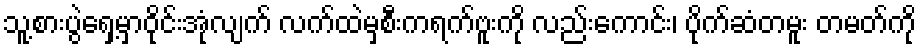
သူ့စားပွဲရှေ့မှာဝိုင်းအုံလျက် လက်ထဲမှစီးကရက်ဗူးကို လည်းကောင်း၊ ပိုက်ဆံတမူး တမတ်ကို